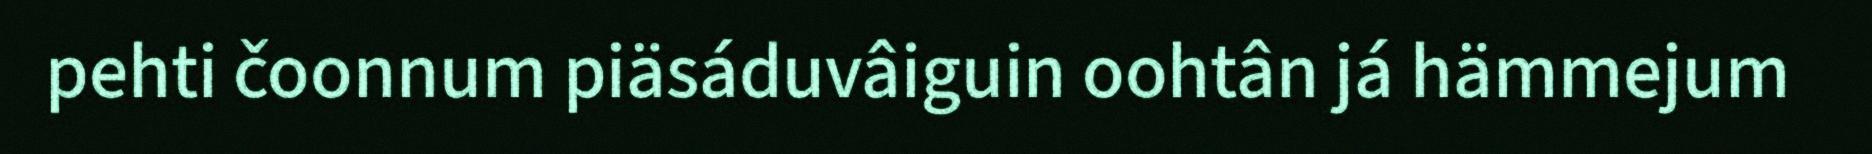
pehti čoonnum piäsáduvâiguin oohtân já hämmejum